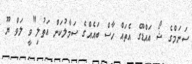
ސަނަމްގެ ޝޯ އައްޑޫގެ އެތައް ހާސް ބައެއްގެ ސަމާލުކަން އަތުލި"ވީ ލަވް ޔޫ